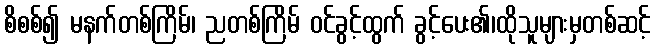
စိစစ်၍ မနက်တစ်ကြိမ်၊ ညတစ်ကြိမ် ဝင်ခွင့်ထွက် ခွင့်ပေး၏၊ထိုသူများမှတစ်ဆင့်